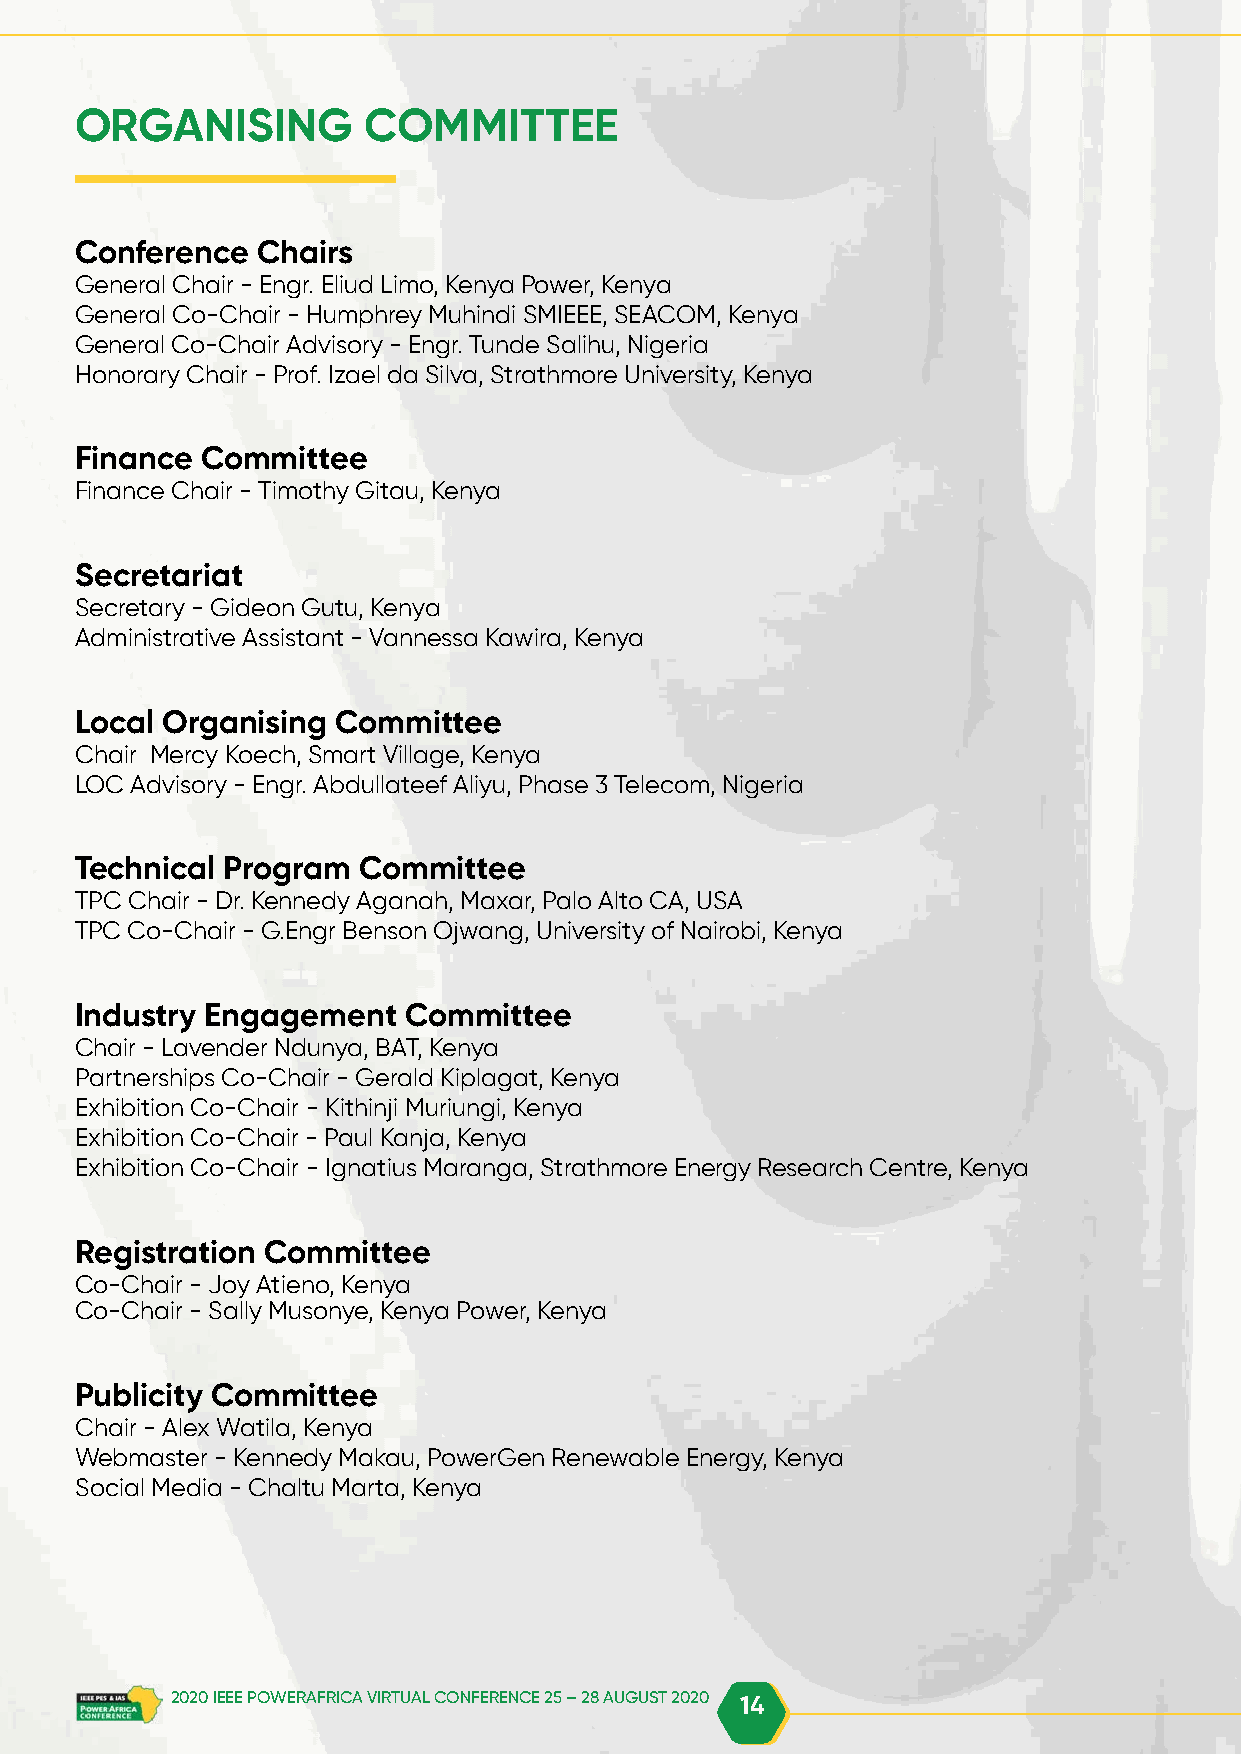
ORGANISING         COMMITTEE
 Conference  Chairs
 General Chair - Engr. Eliud Limo, Kenya Power, Kenya
 General Co-Chair - Humphrey Muhindi SMIEEE, SEACOM, Kenya
 General Co-Chair Advisory - Engr. Tunde Salihu, Nigeria
 Honorary Chair - Prof. Izael da Silva, Strathmore University, Kenya
 Finance Committee
 Finance Chair - Timothy Gitau, Kenya
 Secretariat
 Secretary - Gideon Gutu, Kenya
 Administrative Assistant - Vannessa Kawira, Kenya
 Local Organising Committee
 Chair Mercy Koech, Smart Village, Kenya
 LOC Advisory - Engr. Abdullateef Aliyu, Phase 3 Telecom, Nigeria
 Technical Program  Committee
 TPC Chair - Dr. Kennedy Aganah, Maxar, Palo Alto CA, USA
 TPC Co-Chair - G.Engr Benson Ojwang, University of Nairobi, Kenya
 Industry Engagement   Committee
 Chair - Lavender Ndunya, BAT, Kenya
 Partnerships Co-Chair - Gerald Kiplagat, Kenya
 Exhibition Co-Chair - Kithinji Muriungi, Kenya
 Exhibition Co-Chair - Paul Kanja, Kenya
 Exhibition Co-Chair - Ignatius Maranga, Strathmore Energy Research Centre, Kenya
 Registration Committee
 Co-Chair - Joy Atieno, Kenya
 Co-Chair - Sally Musonye, Kenya Power, Kenya
 Publicity Committee
 Chair - Alex Watila, Kenya
 Webmaster - Kennedy Makau, PowerGen Renewable Energy, Kenya
 Social Media - Chaltu Marta, Kenya
 2020 IEEE POWERAFRICA VIRTUAL CONFERENCE 25 – 28 AUGUST 2020 14